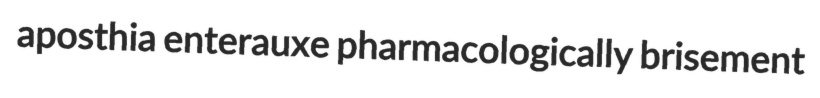
aposthia enterauxe pharmacologically brisement